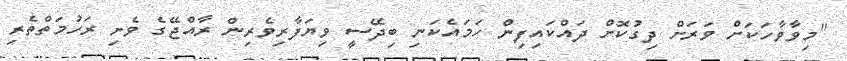
"މިވާވާހަކަށް ވަރަށް ދިގުކޮށް ދައްކައިފިން ހަމައެކަނި ބިދޭސީ ވިޔަފާރިވެރިން ރާއްޖޭގެ ވެށި ރަހުމަތްތެރި